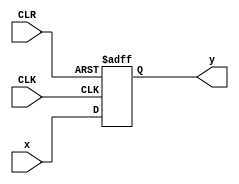
//Rolando Rosales 1001850424 - HW8 P2 parameterized 4-bit PI/PO reg

module piporeg #(parameter N = 4)(
	input [N-1:0] x,
	input CLK, CLR,
	output reg [N-1:0] y);
		always @ (negedge CLK, negedge CLR)
			begin 
				if (CLR == 1'b0) y <= 0;
					else if (CLK == 1'b0) y <= x;
			end
endmodule